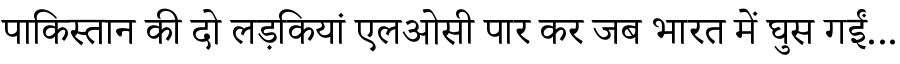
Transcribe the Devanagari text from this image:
पाकिस्तान की दो लड़कियां एलओसी पार कर जब भारत में घुस गईं...